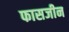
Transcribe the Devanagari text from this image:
फासजीन